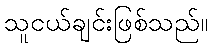
သူငယ်ချင်းဖြစ်သည်။